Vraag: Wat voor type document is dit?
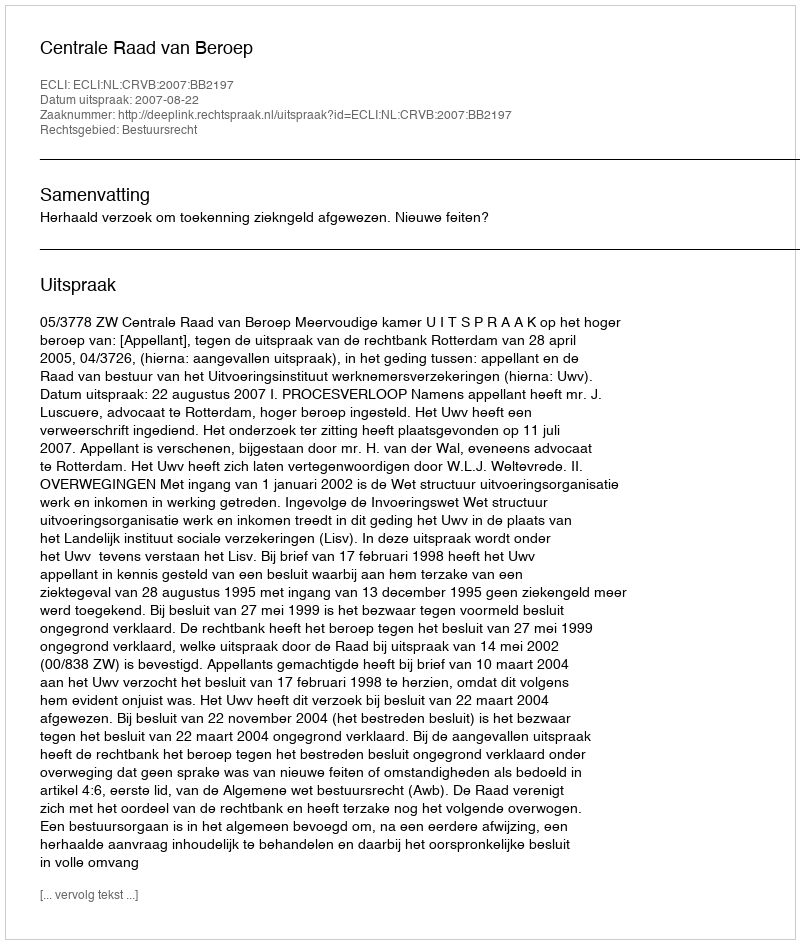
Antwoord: Uitspraak